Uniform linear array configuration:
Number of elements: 48
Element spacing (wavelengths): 0.5
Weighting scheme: uniform
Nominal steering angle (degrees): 60
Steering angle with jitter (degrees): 60.234
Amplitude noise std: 0.05
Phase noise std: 0.05

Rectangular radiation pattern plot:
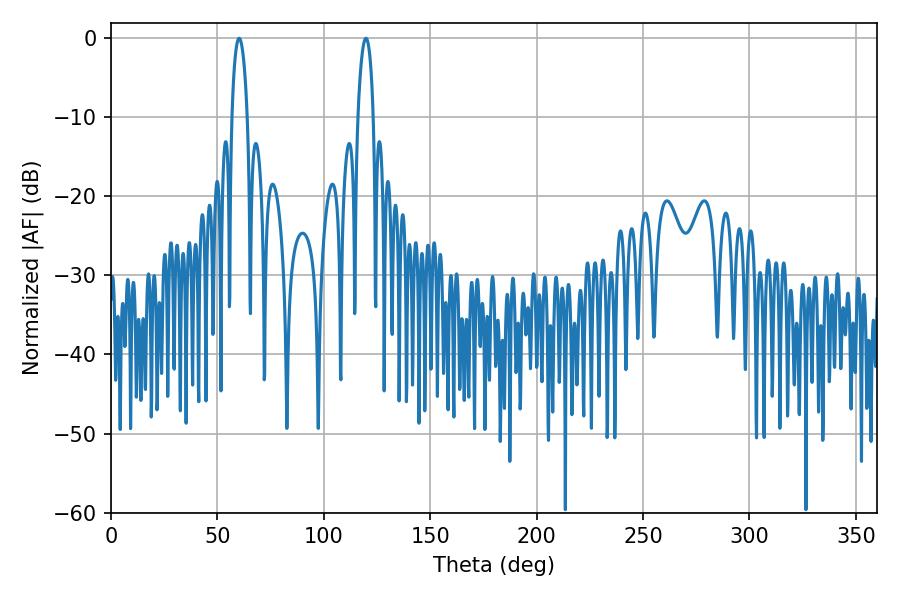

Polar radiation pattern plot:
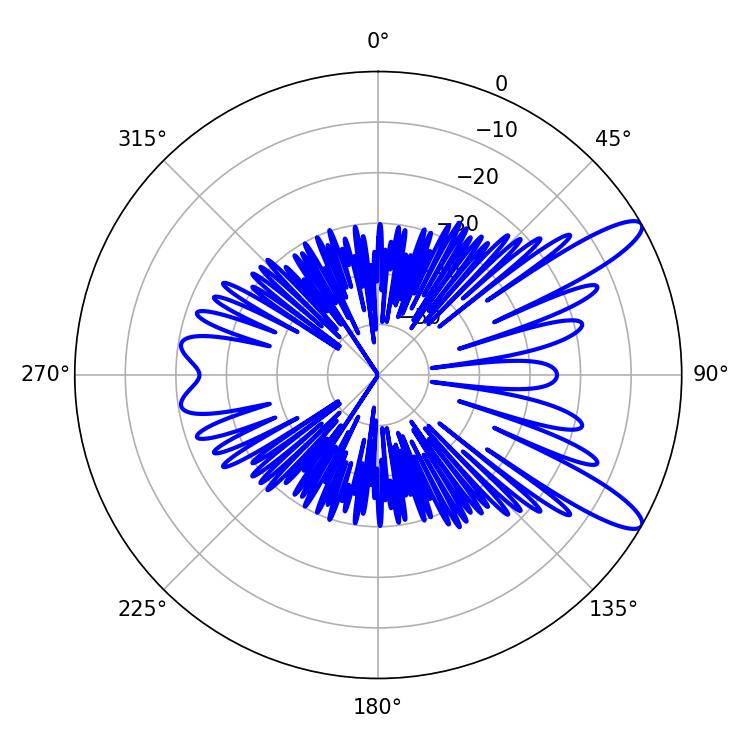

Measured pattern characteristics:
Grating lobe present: FALSE
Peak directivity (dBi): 11.546
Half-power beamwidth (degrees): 4.14
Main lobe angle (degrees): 119.88